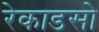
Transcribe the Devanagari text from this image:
रेकाडसो